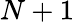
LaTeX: N+1